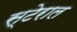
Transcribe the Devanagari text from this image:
स्टेराल